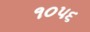
૧૦૫૬